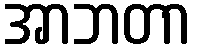
အာဘတာ